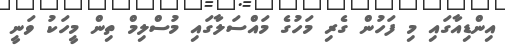
އިންޑިއާގައި މި ފަހުން ގެރި މަހުގެ މައްސަލާގައި މުސްލިމް ތިން މީހަކު ވަނީ